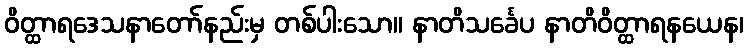
ဝိတ္ထာရဒေသနာတော်နည်းမှ တစ်ပါးသော။ နာတိသင်္ခေပ နာတိဝိတ္ထာရနယေန၊